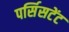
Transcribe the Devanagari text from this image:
पर्सिसटेंट